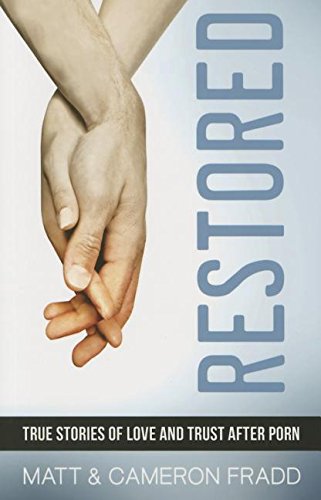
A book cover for Restored: True Stories of Love and Trust After Porn; Matt And Cameron Fradd; Health, Fitness & Dieting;